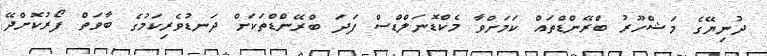
ދުނިޔޭގެ މަޝްހޫރު ބްރޭންޑްތައް ކަމަށްވާ މެކްޑޮނަލްޑްސް ފަދަ ބްރޭންޑްތަކަށް ދަނޑުވެރިކަމުގެ ބާވަތް ފޯރުކޮށްދޭ